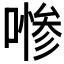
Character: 𱔑